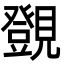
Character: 覴